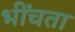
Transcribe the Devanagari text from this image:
भींचता